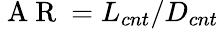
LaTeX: \mathrm{~A~R~}=L_{cnt}/D_{cnt}